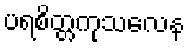
ပရစိတ္တကုသလေန